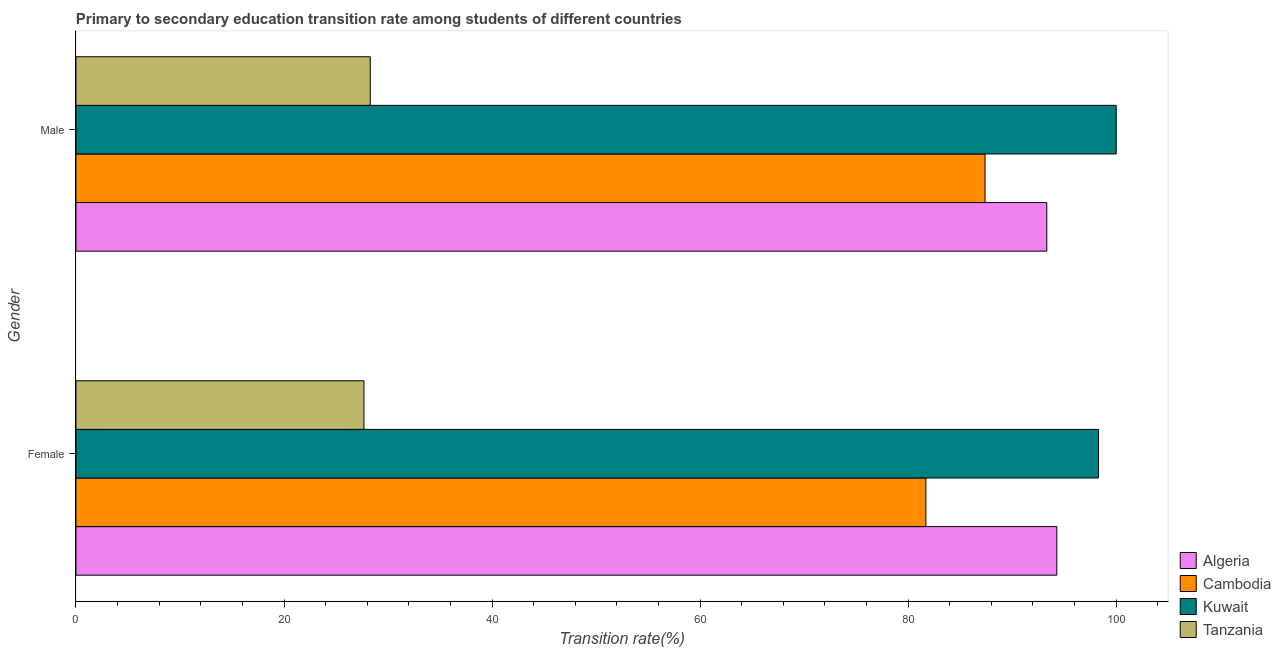
| Gender | Algeria | Cambodia | Kuwait | Tanzania |
 | --- | --- | --- | --- | --- |
 | Female | 94.3 | 81.7 | 98.3 | 27.7 |
 | Male | 93.3 | 87.4 | 100 | 28.3 |